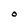
Character: O